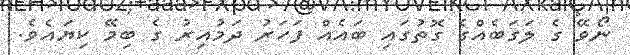
ނޯވޭ ގެ ލަގަބެއްގެ ގޮތުގައި ބައެއް ފަހަރު ދަމުއިރު ގެ ބިމޭ ކިޔައެވެ.